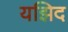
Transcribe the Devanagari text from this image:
यझिद